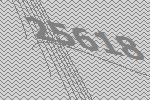
25618